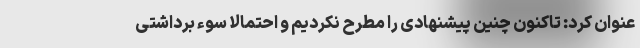
عنوان کرد: تاکنون چنین پیشنهادی را مطرح نکردیم و احتمالا سوء برداشتی